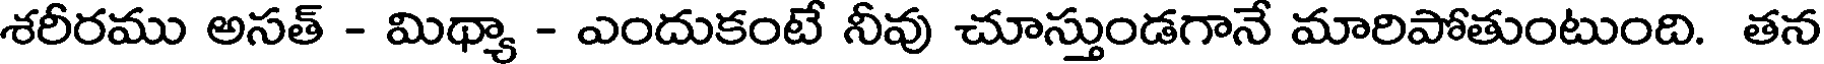
శరీరము అసత్ - మిథ్యా - ఎందుకంటే నీవు చూస్తుండగానే మారిపోతుంటుంది. తన